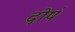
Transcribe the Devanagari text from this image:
दोषं